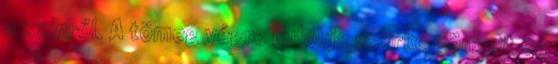
a színről. A tömeg végre ledobja szürke gönceit és